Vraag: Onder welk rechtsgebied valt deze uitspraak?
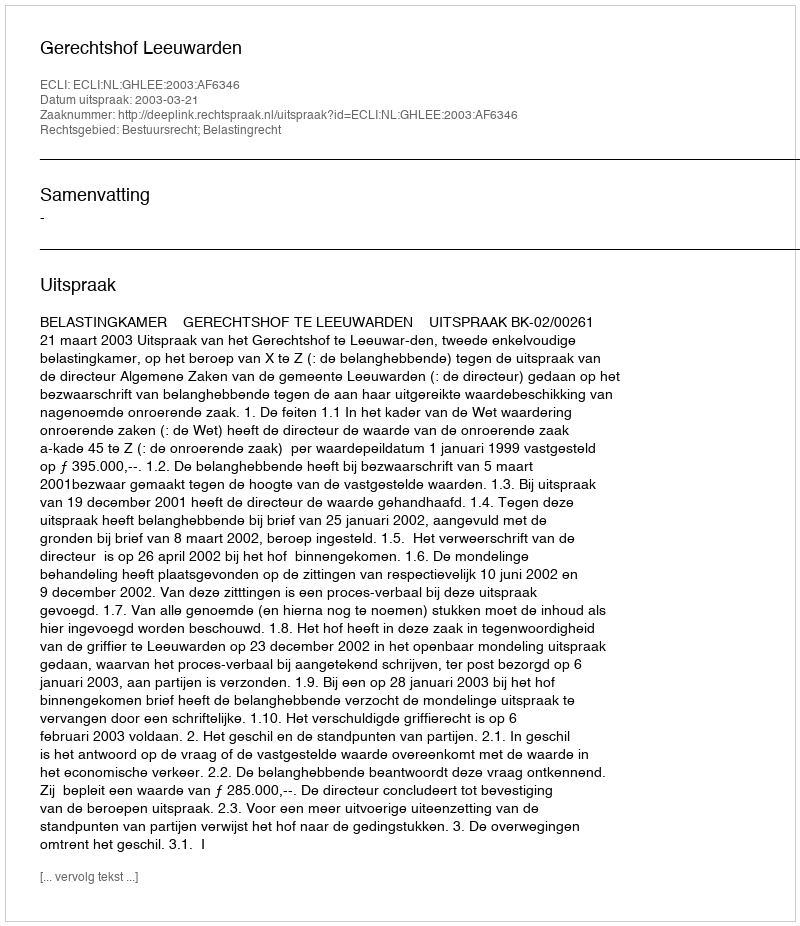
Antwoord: Bestuursrecht; Belastingrecht